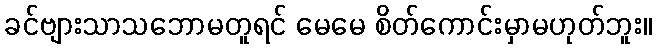
ခင်ဗျားသာသဘောမတူရင် မေမေ စိတ်ကောင်းမှာမဟုတ်ဘူး။